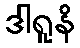
ဒါရူနိ